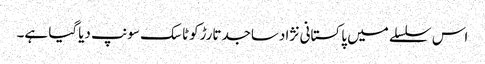
اس سلسلے میں پاکستانی نژادساجدتارڑکوٹاسک سونپ دیاگیا ہے۔